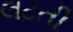
લટતી